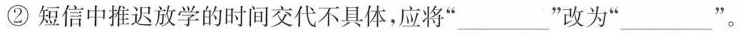
②短信中推迟放学的时间交代不具体，应将”___”改为”___ ”